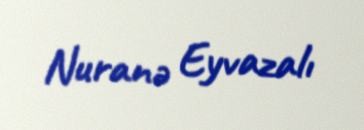
Nuranə Eyvazalı